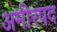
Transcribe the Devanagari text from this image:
अमीरपद